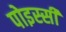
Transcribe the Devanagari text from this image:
पोइस्सी